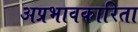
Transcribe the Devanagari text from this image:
अप्रभावकारिता